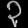
Digit: ၃